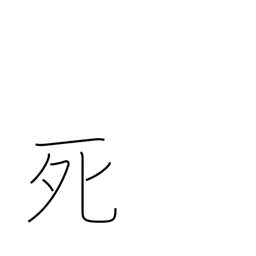
Meaning: death